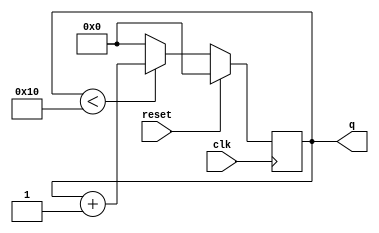
module top_module (
    input clk,
    input reset,      // Synchronous active-high reset
    output [3:0] q);
 
    always@(posedge clk) begin
        if(reset == 1)
            q <= 0;
        else 
            begin 
                if(q < 16)
                	q <= q + 4'b1;
        		else
                	q <= 0;
        	end
    end
endmodule